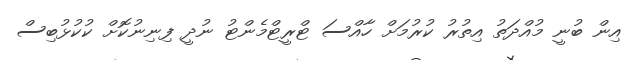
އިން ބުނީ މުއްދަތު އިތުރު ކުރުމަށް ހާއްސަ ޓްރީޓްމެންޓު ނުދީ ފިނިނުކޮށް ކުކުޅުބިސް